Scottish Leaving Certificate Examination, 1957
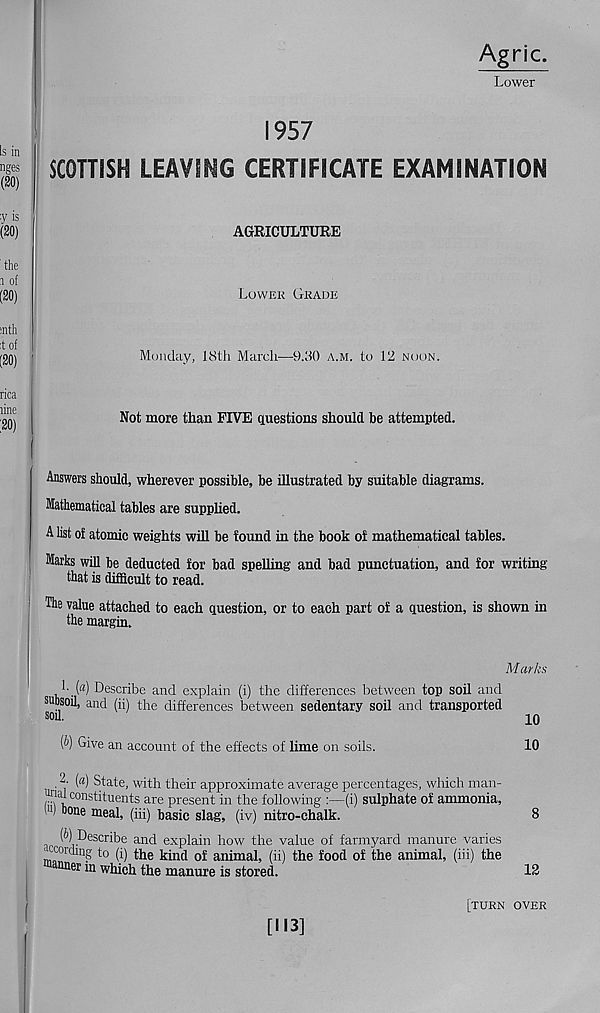
Agric.
Lower
1957
SCOTTISH LEAVING CERTIFICATE EXAMINATION
AGRICULTURE
Lower Grade
Monday, 18th March—9.30 a.m. to 12 noon.
Not more than FIVE questions should be attempted.
Answers should, wherever possible, be illustrated by suitable diagrams.
Mathematical tables are supplied.
A list oi atomic weights will be found in the book oi mathematical tables.
Marks will be deducted for bad spelling and bad punctuation, and for writing
that is difficult to read.
The value attached to each question, or to each part of a question, is shown in
the margin.
Marks
!• («) Describe and explain (i) the differences between top soil and
subsoil, and (ii) the differences between sedentary soil and transported
soil.
10
(6) Give an account of the effects of lime on soils.
10
2- (a) State, with their approximate average percentages, which man-
ia! constituents are present in the following
(i) sulphate of ammonia,
■ bone meal, (hi) basic slag, (iv) nitro-chalk.
8
(&) Describe and explain how the value of farmyard manure varies
•ccording to (i) the kind of animal, (ii) the food of the animal, (hi) the
uuer in which the manure is stored.
12
[M3]
[turn over